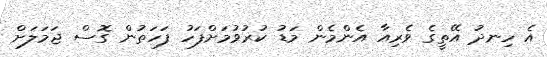
އެ ހިނދު އޭތީގެ ވެރިއާ އެންމެން މަޑު ކުރުވުމަށްފަހު ފަހަތުން ގޮސް ޖަމަލަށް